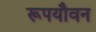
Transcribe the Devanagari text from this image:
रूपयौवन